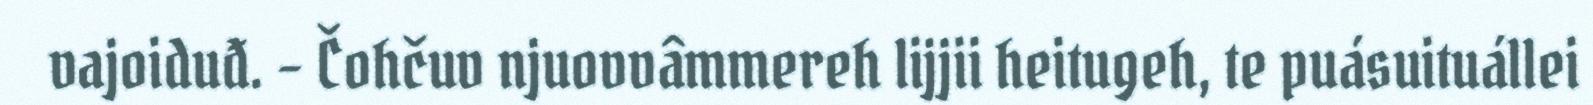
vajoiduđ. – Čohčuv njuovvâmmereh lijjii heitugeh, te puásuituállei